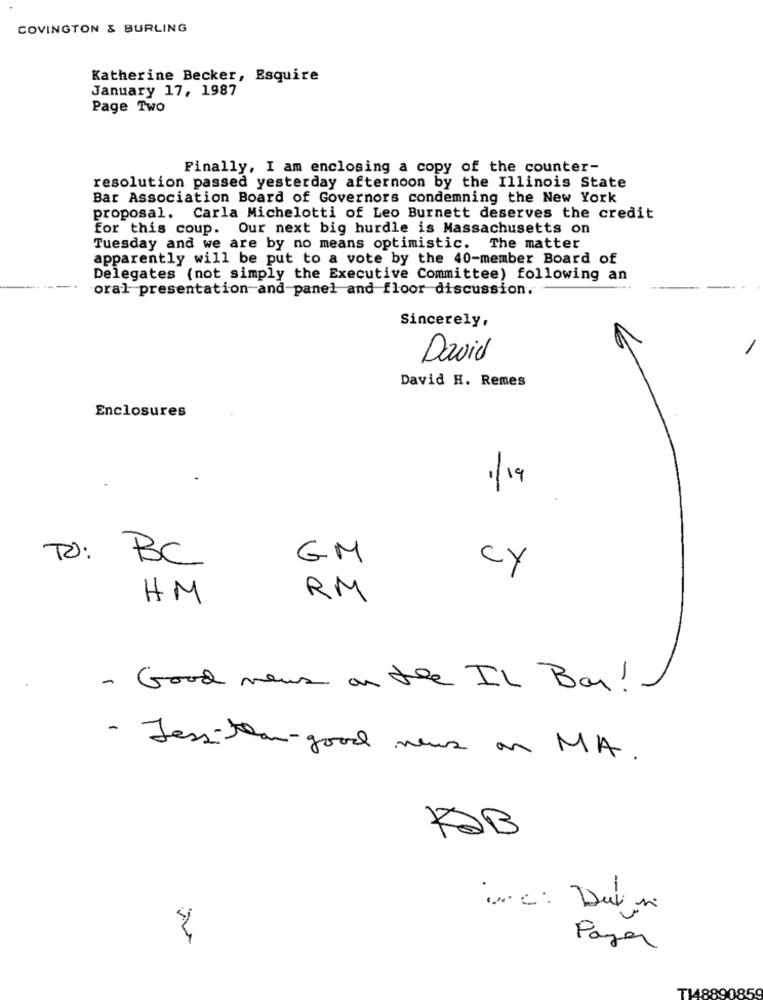
COVINGTON & BURLING
Katherine Becker, Esquire
January 17, 1987
Page Two
Finally, I am enclosing a copy of the counter-
resolution passed yesterday afternoon by the Illinois State
Bar Association Board of Governors condemning the New York
proposal. Carla Michelotti of Leo Burnett deserves the credit
for this coup. Our next big hurdle is Massachusetts on
Tuesday and we are by no means optimistic. The matter
apparently will be put to a vote by the 40-member Board of
Delegates (not simply the Executive Committee) following an
oral presentation-and-panel and floor discussion.
Sincerely,
David
David H. Remes
Enclosures
1/19
TO: BC
GM
cy
RM
HM
- Good news on the IL Bar !
- Less-than-good news on MA.
-
Pazar
T18890859